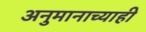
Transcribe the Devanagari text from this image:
अनुमानाच्याही